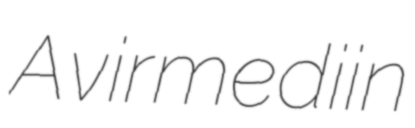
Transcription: Avirmediin